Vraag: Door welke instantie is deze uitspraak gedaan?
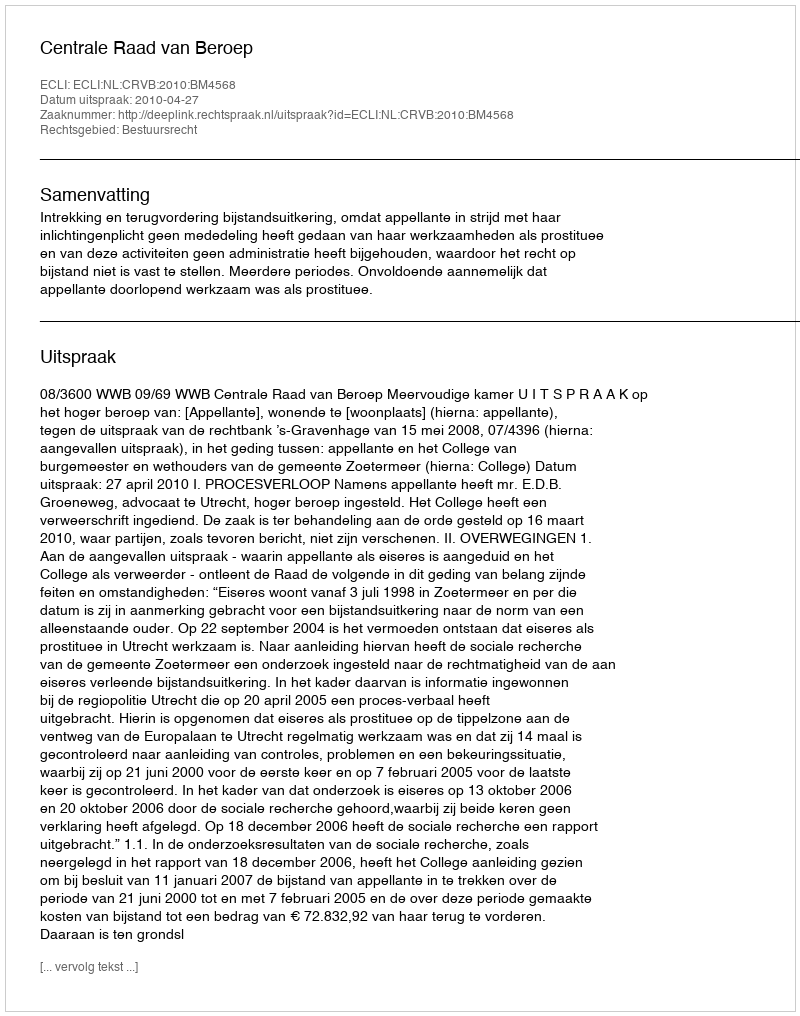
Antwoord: Centrale Raad van Beroep